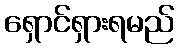
ရှောင်ရှားရမည်